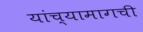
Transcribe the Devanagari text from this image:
यांच्यामागची